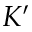
K ^ { \prime }